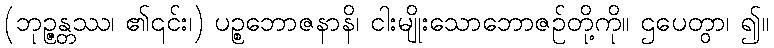
(ဘုဉ္ဇန္တဿ၊ ၏၎င်း၊) ပဉ္စဘောဇနာနိ၊ ငါးမျိုးသောဘောဇဉ်တို့ကို။ ဌပေတွာ၊ ၍။